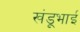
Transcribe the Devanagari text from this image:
खंडूभाई